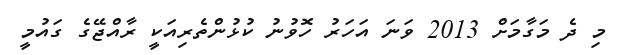
މި ދެ މަގާމަށް 2013 ވަނަ އަހަރު ހޮވުނު ކުޅުންތެރިއަކީ ރާއްޖޭގެ ގައުމީ